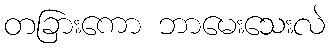
တခြားကော ဘာမေးသေးလဲ